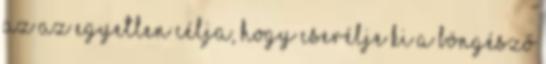
Az az egyetlen célja, hogy cserélje ki a böngésző